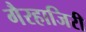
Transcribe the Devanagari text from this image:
गैरहाजिरी